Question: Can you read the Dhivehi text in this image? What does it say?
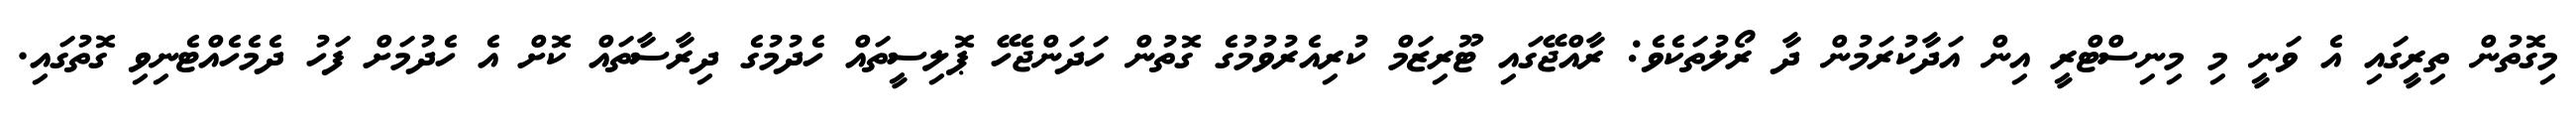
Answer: މިގޮތުން ތިރީގައި އެ ވަނީ މި މިނިސްޓްރީ އިން އަދާކުރަމުން ދާ ރޯލުތަކެވެ: ރާއްޖޭގައި ޓޫރިޒަމް ކުރިއެރުވުމުގެ ގޮތުން ހަދަންޖެހޭ ޕޮލިސީތައް ހެދުމުގެ ދިރާސާތައް ކޮށް އެ ހެދުމަށް ފަހު ދެމެހެއްޓެނިވި ގޮތުގައި.